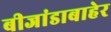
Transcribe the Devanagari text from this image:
बीजांडाबाहेर